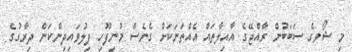
މި ޝޯވގެ ސަބަބުން ރާއްޖޭގެ އާއިލާތައް އެއްތަނަކަށް ގެނެސް މުނިފޫހި ފިލުވައިދިންކަން ދިރާގުގެ